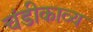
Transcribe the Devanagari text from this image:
चंडीकाव्य